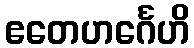
ဧတေဟင်္ဂေဟိ